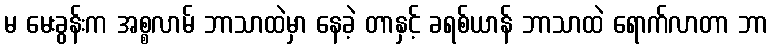
မ မေးခွန်းက အစ္စလာမ် ဘာသာထဲမှာ နေခဲ့ တာနှင့် ခရစ်ယာန် ဘာသာထဲ ရောက်လာတာ ဘာ